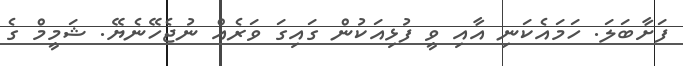
ފަށާބަލަ. ހަމައެކަނި އާއި ވީ ފުޅިއަކުން ގައިގަ ވަރެއް ނުޖެހޭނެޔޭ. ޝަމީމް ގެ